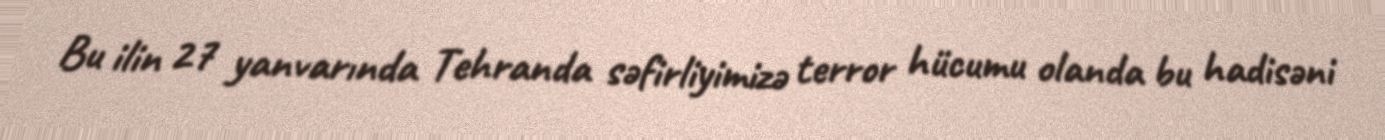
Bu ilin 27 yanvarında Tehranda səfirliyimizə terror hücumu olanda bu hadisəni